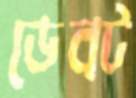
ডেব্ট